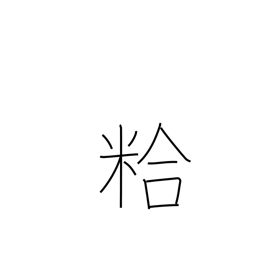
Meaning: chaff